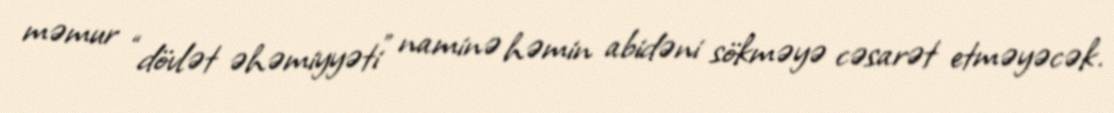
məmur “dövlət əhəmiyyəti” naminə həmin abidəni sökməyə cəsarət etməyəcək.